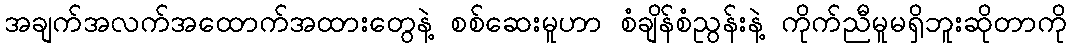
အချက်အလက်အထောက်အထားတွေနဲ့ စစ်ဆေးမူဟာ စံချိန်စံညွန်းနဲ့ ကိုက်ညီမူမရှိဘူးဆိုတာကို